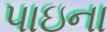
પાઇના